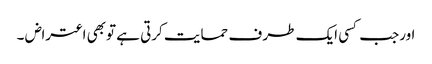
اورجب کسی ایک طر ف حمایت کرتی ہے توبھی اعتراض ۔